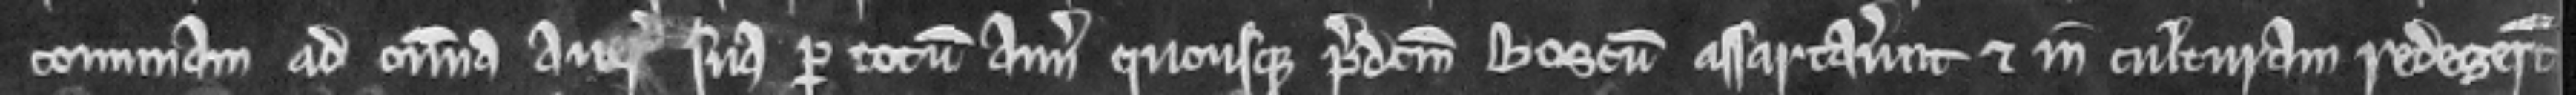
communam ad omnimoda averia sua per totum annum quousque predictum boscum assartaverunt et in culturam redegerunt